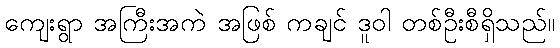
ကျေးရွာ အကြီးအကဲ အဖြစ် ကချင် ဒူဝါ တစ်ဦးစီရှိသည်။